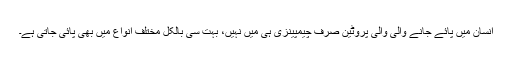
انسان میں پائے جانے والی والی پروٹین صرف چیمپینزی ہی میں نہیں، بہت سی بالکل مختلف انواع میں بھی پائی جاتی ہے۔